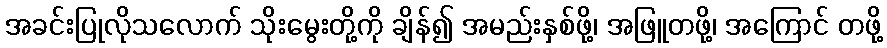
အခင်းပြုလိုသလောက် သိုးမွေးတို့ကို ချိန်၍ အမည်းနှစ်ဖို့၊ အဖြူတဖို့၊ အကြောင် တဖို့